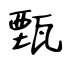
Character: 甄